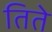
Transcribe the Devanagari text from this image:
तिते